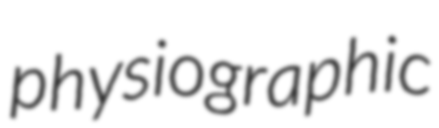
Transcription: physiographic